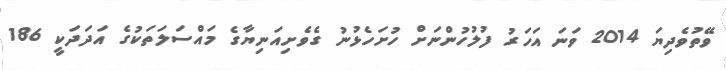
ވޭތުވެދިޔަ 2014 ވަނަ އަހަރު ފުލުހުންނަށް ހުށަހެޅުނު ގެވެށިއަނިޔާގެ މައްސަލަތަކުގެ އަދަދަކީ 186